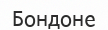
Бондоне